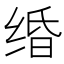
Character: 𦈏